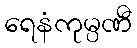
ရေနံကုမ္ပဏီ